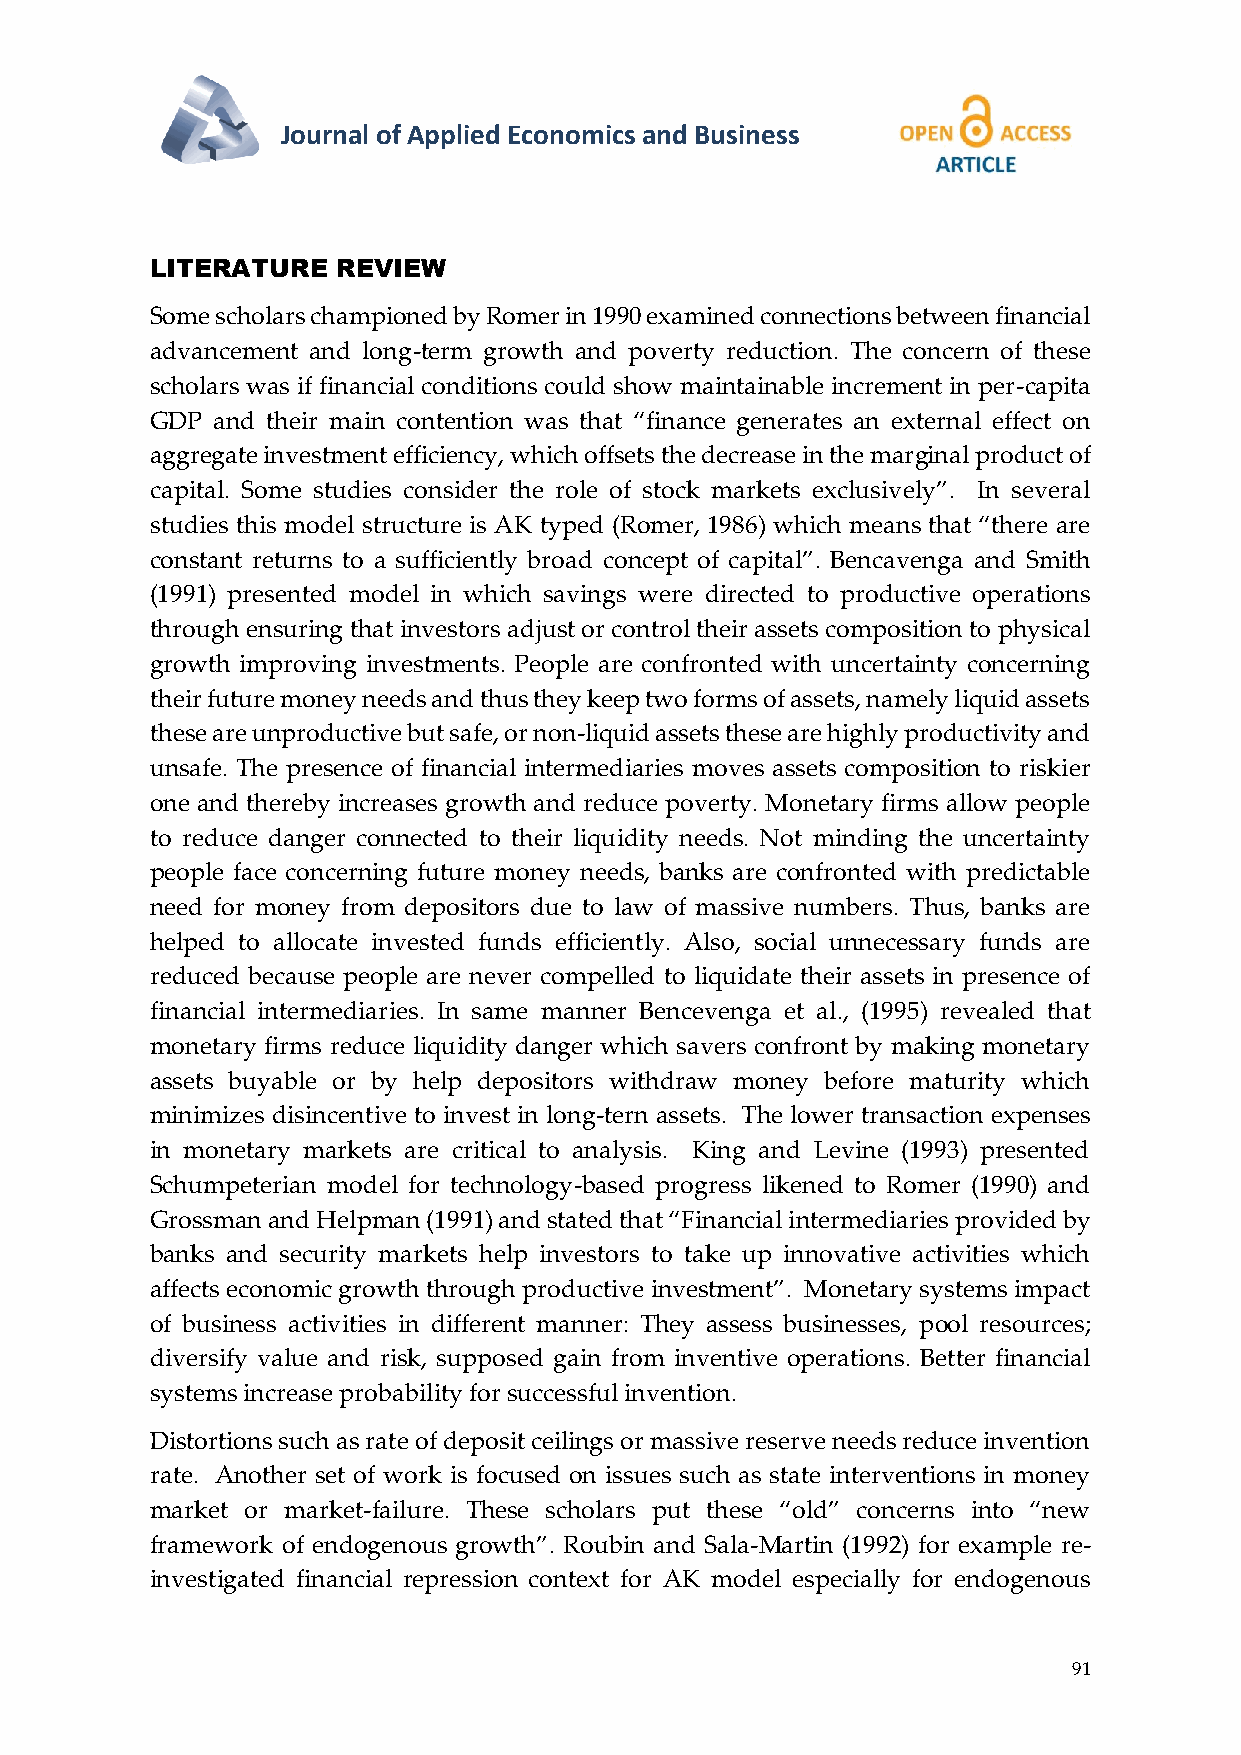
Journal of Applied Economics and Business
 LITERATURE  REVIEW
 Some scholars championed by Romer in 1990 examined connections between financial
 advancement and long-term growth and poverty reduction. The concern of these
 scholars was if financial conditions could show maintainable increment in per-capita
 GDP and their main contention was that “finance generates an external effect on
 aggregate investment efficiency, which offsets the decrease in the marginal product of
 capital. Some studies consider the role of stock markets exclusively”. In several
 studies this model structure is AK typed (Romer, 1986) which means that “there are
 constant returns to a sufficiently broad concept of capital”. Bencavenga and Smith
 (1991) presented model in which savings were directed to productive operations
 through ensuring that investors adjust or control their assets composition to physical
 growth improving investments. People are confronted with uncertainty concerning
 their future money needs and thus they keep two forms of assets, namely liquid assets
 these are unproductive but safe, or non-liquid assets these are highly productivity and
 unsafe. The presence of financial intermediaries moves assets composition to riskier
 one and thereby increases growth and reduce poverty. Monetary firms allow people
 to reduce danger connected to their liquidity needs. Not minding the uncertainty
 people face concerning future money needs, banks are confronted with predictable
 need for money from depositors due to law of massive numbers. Thus, banks are
 helped to allocate invested funds efficiently. Also, social unnecessary funds are
 reduced because people are never compelled to liquidate their assets in presence of
 financial intermediaries. In same manner Bencevenga et al., (1995) revealed that
 monetary firms reduce liquidity danger which savers confront by making monetary
 assets buyable or by help depositors withdraw money before maturity which
 minimizes disincentive to invest in long-tern assets. The lower transaction expenses
 in monetary markets are critical to analysis. King and Levine (1993) presented
 Schumpeterian model for technology-based progress likened to Romer (1990) and
 Grossman and Helpman (1991) and stated that “Financial intermediaries provided by
 banks and security markets help investors to take up innovative activities which
 affects economic growth through productive investment”. Monetary systems impact
 of business activities in different manner: They assess businesses, pool resources;
 diversify value and risk, supposed gain from inventive operations. Better financial
 systems increase probability for successful invention.
 Distortions such as rate of deposit ceilings or massive reserve needs reduce invention
 rate. Another set of work is focused on issues such as state interventions in money
 market or market-failure. These scholars put these “old” concerns into “new
 framework of endogenous growth”. Roubin and Sala-Martin (1992) for example re-
 investigated financial repression context for AK model especially for endogenous
 91